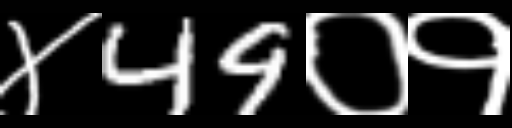
Text: ४49०१